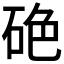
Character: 𥒍